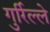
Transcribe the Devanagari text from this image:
गुर्रिल्ले